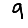
Digit: 9